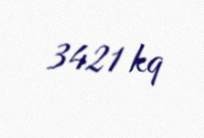
3421 kq